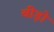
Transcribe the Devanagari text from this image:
बीड़ों